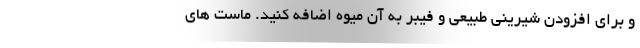
و برای افزودن شیرینی طبیعی و فیبر به آن میوه اضافه کنید. ماست های